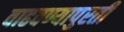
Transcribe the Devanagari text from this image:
वाढवण्यापुरती